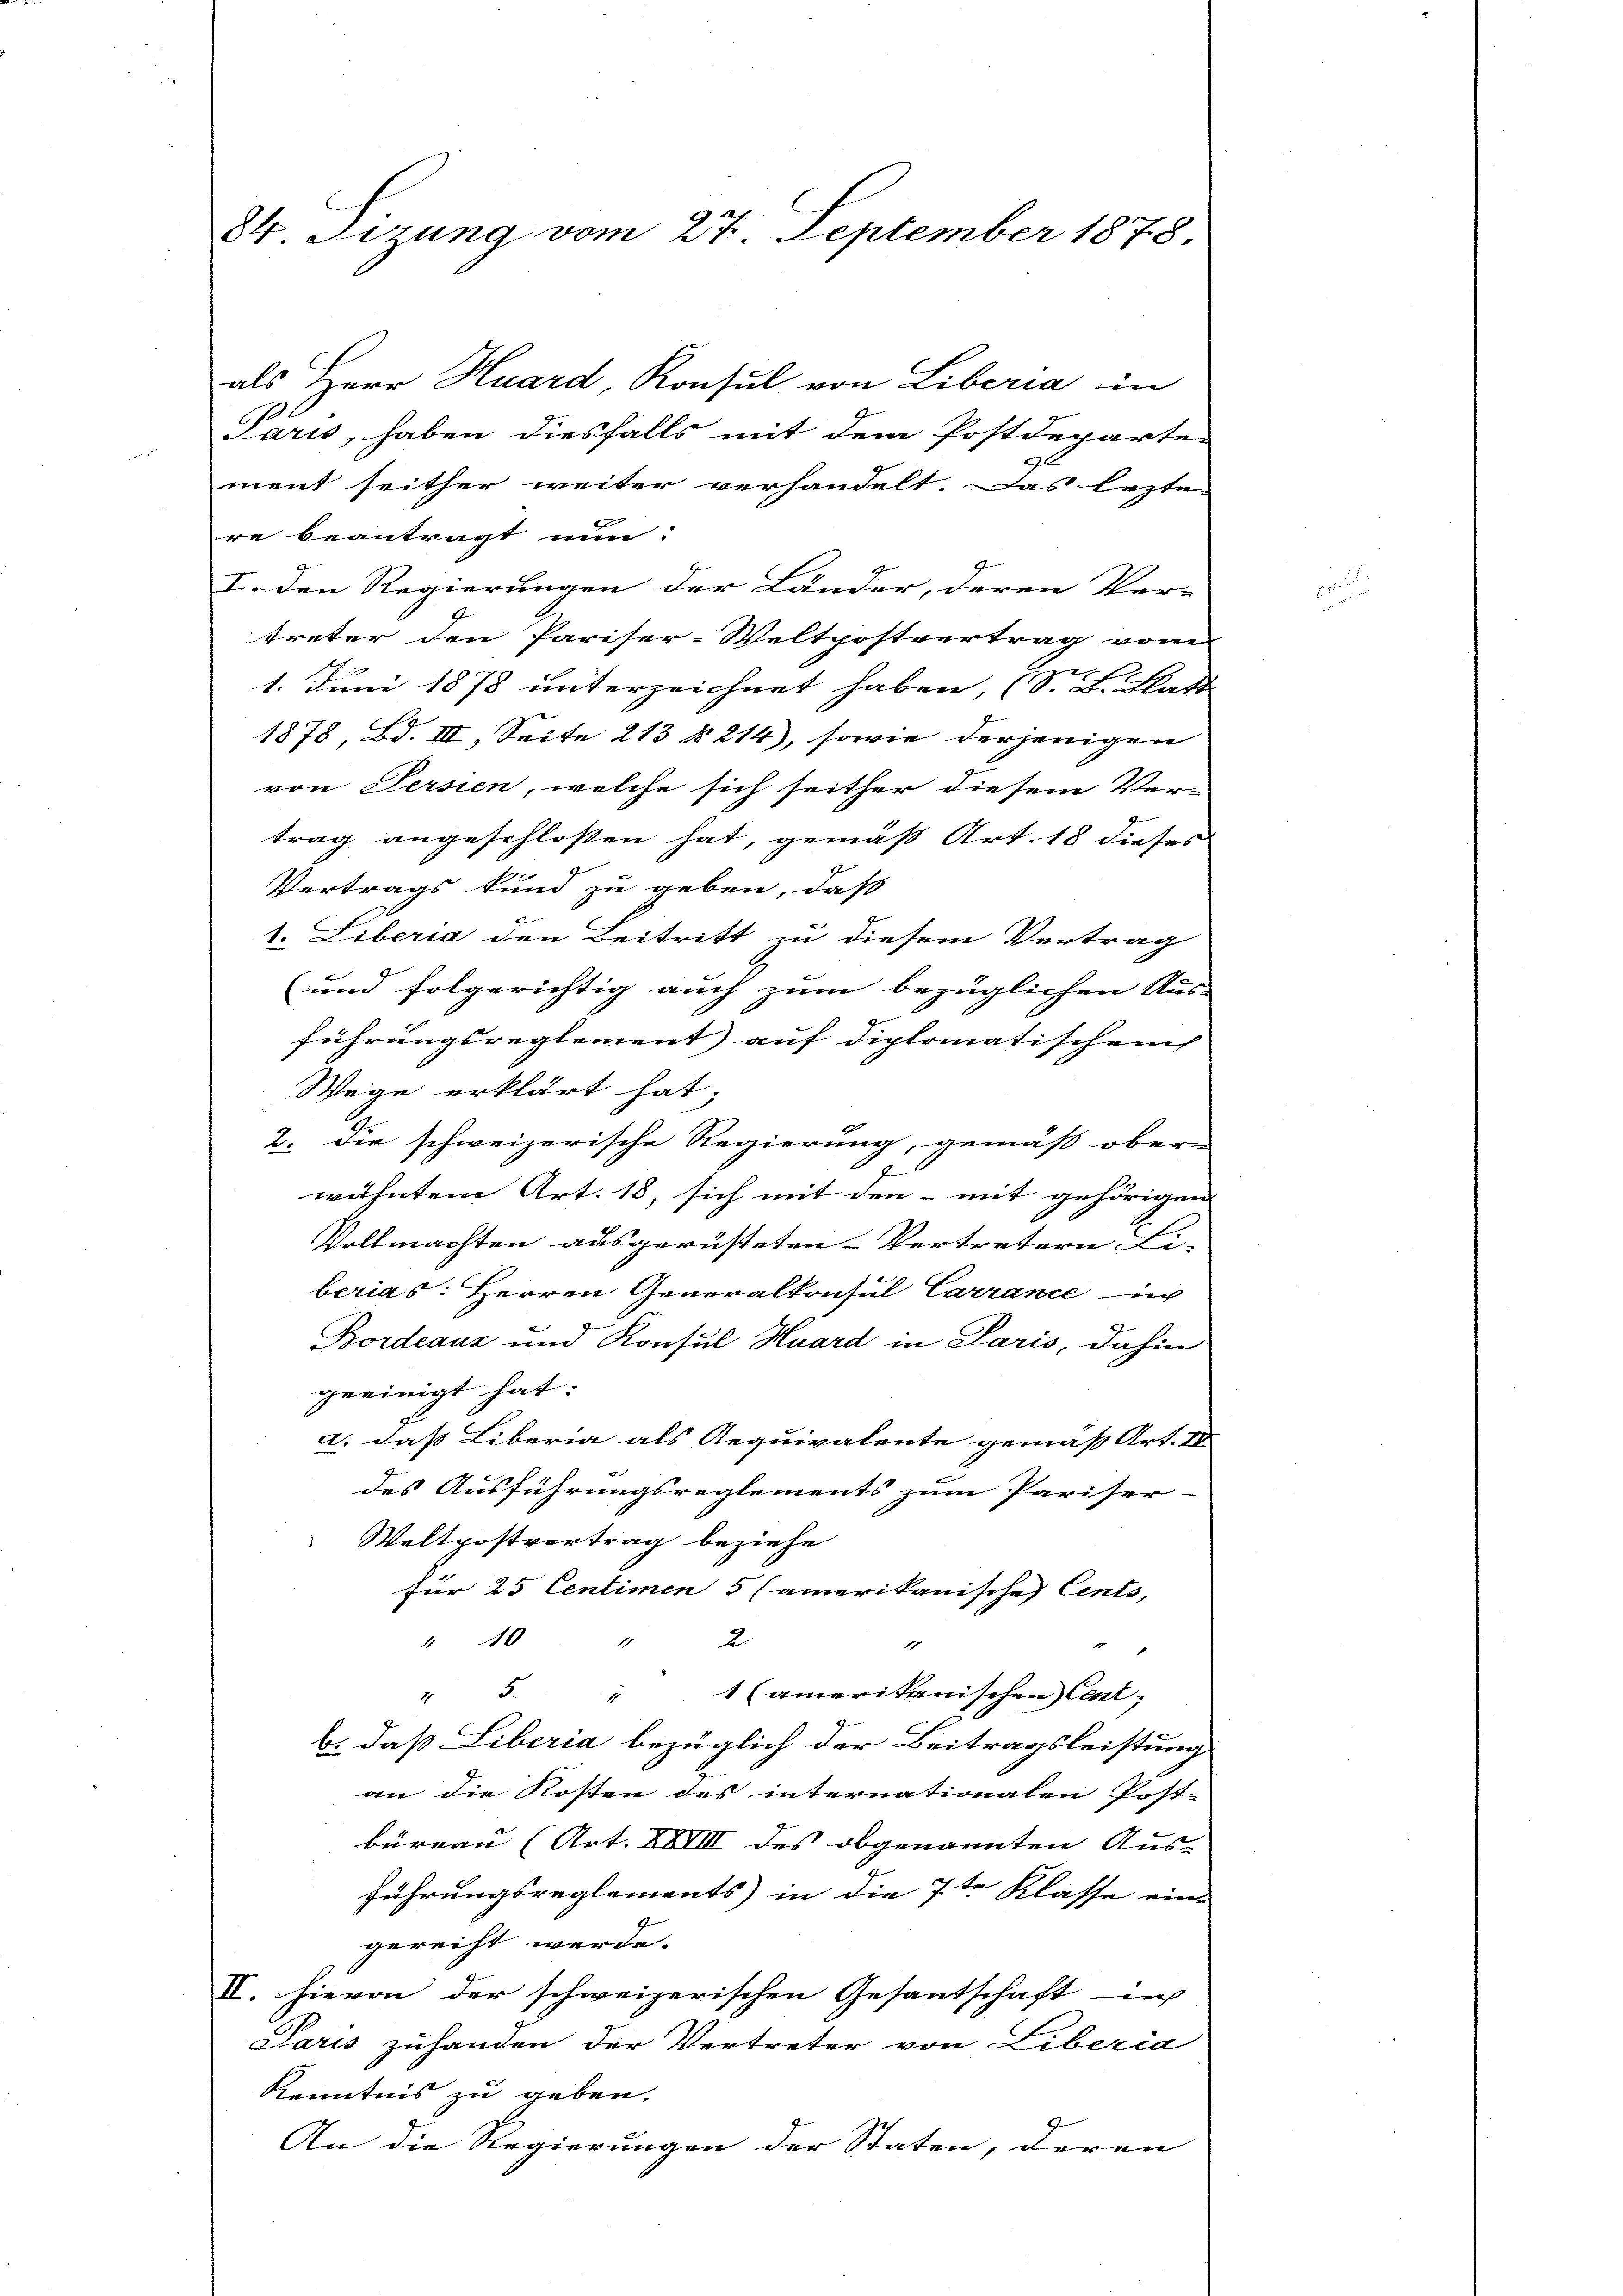
84 Tizung vom 27. September 1878.

als Herr Huard, Konsul von Liberia in
Paris, haben diesfalls mit dem Postdeparte
ment seither weiter verhandelt. Das lezte
re beantragt nun:
I. den Regierungen der Länder, deren Ver-
treter den Pariser-Weltpostvertrag vom
d
1. Juni 1878 unterzeichnet haben, (S. B. Blatt
F
1878, Bd. III, Seite 213 § 214), sowie derjenigen
von Persien, welche sich seither diesem Ver-
trag angeschlossen hat, gemäß Art. 18 dieses
Vertrags kund zu geben, daß
1. Liberia den Beitritt zu diesem Vertrag
(und folgerichtig auch zum bezüglichen Aus-
führungsreglement auf diplomatischen
Wege erklärt hat;
2. die schweizerische Regierung, gemäß ober-
2
wähnten Art. 18, sich mit den - mit gehörigen
Vollmachten ausgerüsteten Vertretern Li-
berias: Herren Generalkonsul Carrance in
Bordeaus und Konsul Huard in Paris, dahin
geeinigt hat:
2. dass Liberia als Requivalente gemäß Art. IV
des Ausführungsreglements zum Pariser-
Weltpostvertrag beziehe
für 25 Centimen 5 (amerikanische Cento,
2
 40
1
1
1
" 5. " 1 (amerikanischen Cent;
b. daß Liberia bezüglich der Beitragsleistung
an die Kosten des internationalen Post- |
büreau (Art. XXVIII des obgenannten Aus- |
führungsreglements) in die 7te Klasse eine
gereiht werde.
II. hievon der schweizerischen Gesandtschaft in
Paris zuhanden der Vertreter von Liberia
Kenntnis zu geben.
An die Regierungen der Staten, deren